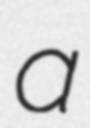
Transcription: a